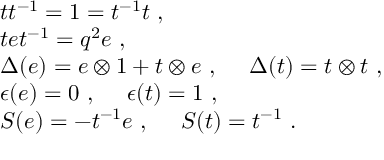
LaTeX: \begin{array} { r c l } { { } } & { { } } & { { t t ^ { - 1 } = 1 = t ^ { - 1 } t ~ , } } \\ { { } } & { { } } & { { t e t ^ { - 1 } = q ^ { 2 } e ~ , } } \\ { { } } & { { } } & { { \Delta ( e ) = e \otimes 1 + t \otimes e ~ , ~ ~ ~ ~ \Delta ( t ) = t \otimes t ~ , } } \\ { { } } & { { } } & { { \epsilon ( e ) = 0 ~ , ~ ~ ~ ~ \epsilon ( t ) = 1 ~ , } } \\ { { } } & { { } } & { { S ( e ) = - t ^ { - 1 } e ~ , ~ ~ ~ ~ S ( t ) = t ^ { - 1 } ~ . } } \end{array}